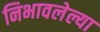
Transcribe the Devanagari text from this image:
निभावलेल्या